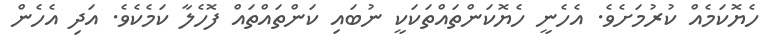
ހެޔޮކަމެއް ކުރުމަށެވެ. އެހެނީ ހެޔޮކަންތައްތަކަކީ ނުބައި ކަންތައްތައް ފޮހެލާ ކަމެކެވެ. އަދި އެހެން